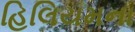
હિલિયમના